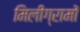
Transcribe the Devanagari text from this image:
मिलीग्रामों